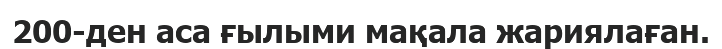
200-ден аса ғылыми мақала жариялаған.